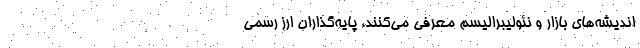
اندیشه‌های بازار و نئولیبرالیسم معرفی می‌کنند، پایه‌گذاران ارز رسمی